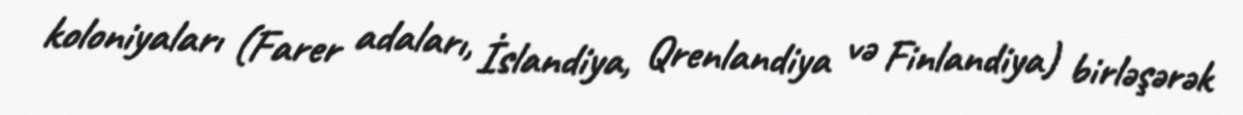
koloniyaları (Farer adaları, İslandiya, Qrenlandiya və Finlandiya) birləşərək